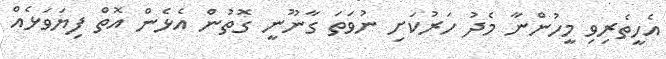
އެހީތެރިވި މީހުންނާ މެދު ހަރުކަށި ނުވަތަ ގާނޫނީ ގޮތުން އެޅެން އޮތް ފިޔަވަޅެއް